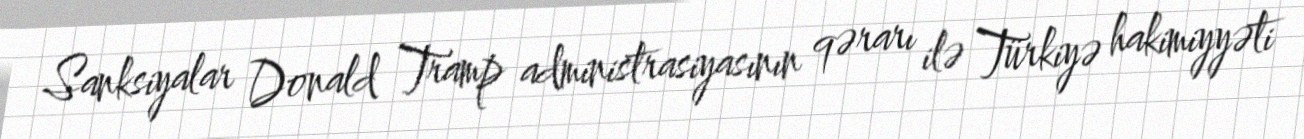
Sanksiyalar Donald Tramp administrasiyasının qərarı ilə Türkiyə hakimiyyəti